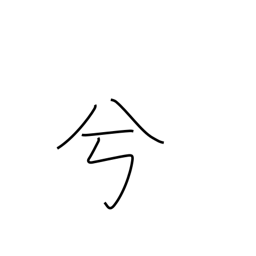
Meaning: auxiliary word for euphony or emphasis